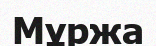
Мұржа